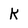
Character: K